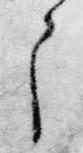
之